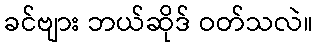
ခင်ဗျား ဘယ်ဆိုဒ် ဝတ်သလဲ။